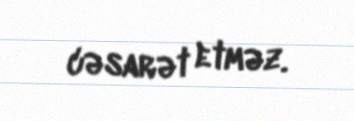
cəsarət etməz.